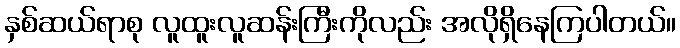
နှစ်ဆယ်ရာစု လူထူးလူဆန်းကြီးကိုလည်း အလိုရှိနေကြပါတယ်။